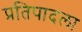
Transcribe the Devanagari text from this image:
प्रतिपादला